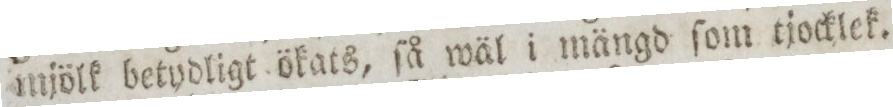
mjölk betydligt ökats, ſå wäl i mängd ſom tjocklek.